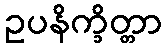
ဥပနိက္ခိတ္တာ